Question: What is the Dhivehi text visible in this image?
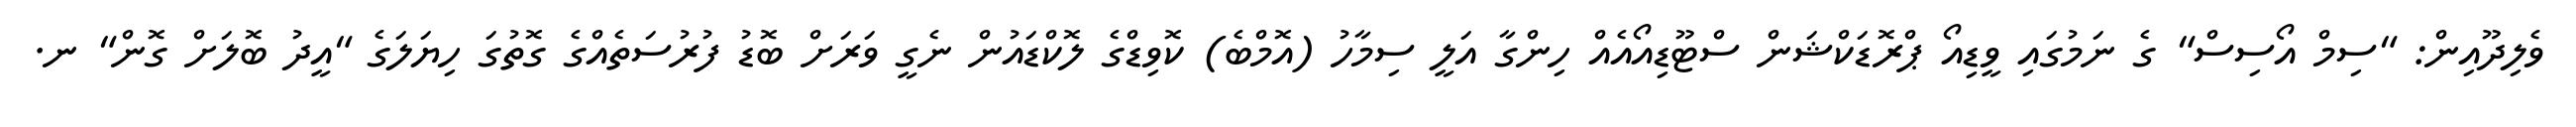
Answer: ވެލިދޫއިން: "ސިމް އޯސިސް" ގެ ނަމުގައި ވީޑިއޯ ޕްރޮޑަކްޝަން ސްޓޫޑިއޯއެއް ހިންގާ އަލީ ސިމާހު (އޮމްބެ) ކޮވިޑްގެ ލޮކްޑައުން ނެގީ ވަރަށް ބޮޑު ފުރުސަތެއްގެ ގޮތުގަ ހިޔަލަގެ "އީދު ބޮލަށް ގޮން" ނ.